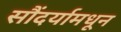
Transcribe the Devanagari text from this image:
सौंदर्यामधून